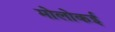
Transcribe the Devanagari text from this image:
मोलोकई